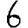
Digit: 6